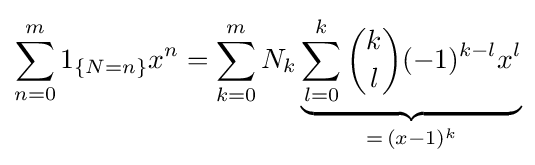
\sum _{n=0}^{m}1_{\{N=n\}}x^{n}=\sum _{k=0}^{m}N_{k}\underbrace {\sum _{l=0}^{k}{\binom {k}{l}}(-1)^{k-l}x^{l}} _{=\,(x-1)^{k}}